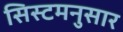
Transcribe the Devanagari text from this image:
सिस्टमनुसार